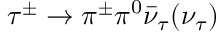
\tau ^ { \pm } \to \pi ^ { \pm } \pi ^ { 0 } \bar { \nu } _ { \tau } ( \nu _ { \tau } )